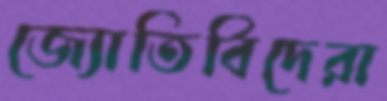
জ্যোতির্বিদেরা